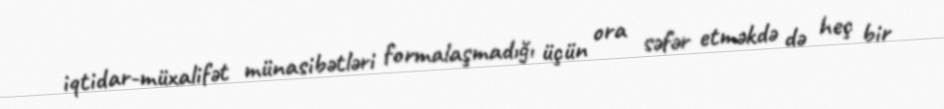
iqtidar-müxalifət münasibətləri formalaşmadığı üçün ora səfər etməkdə də heç bir